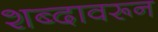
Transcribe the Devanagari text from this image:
शब्‍दावरून